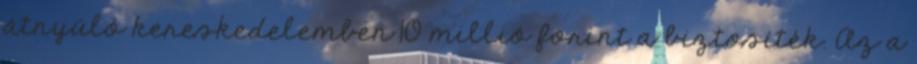
átnyúló kereskedelemben 10 millió forint a biztosíték. Az a